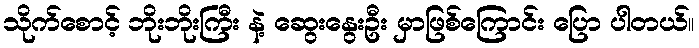
သိုက်စောင့် ဘိုးဘိုးကြီး နဲ့ ဆွေးနွေးဦး မှာဖြစ်ကြောင်း ပြော ပါတယ်။